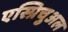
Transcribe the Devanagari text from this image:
एस्प्रिचुअल